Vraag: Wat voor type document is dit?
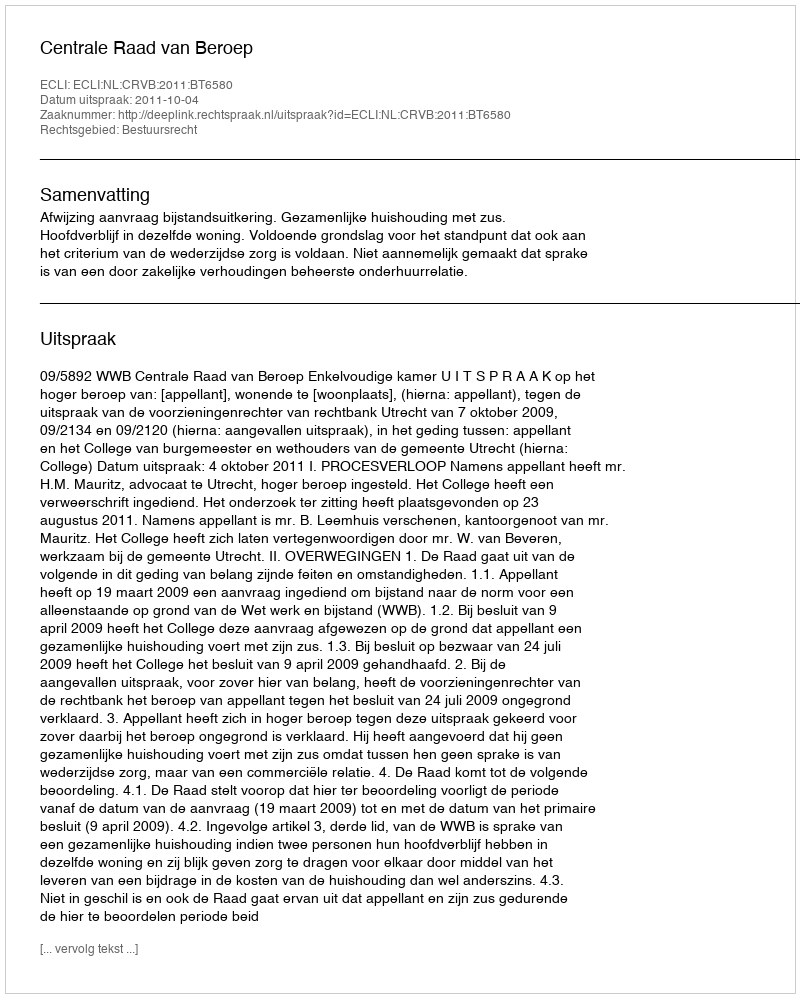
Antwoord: Uitspraak